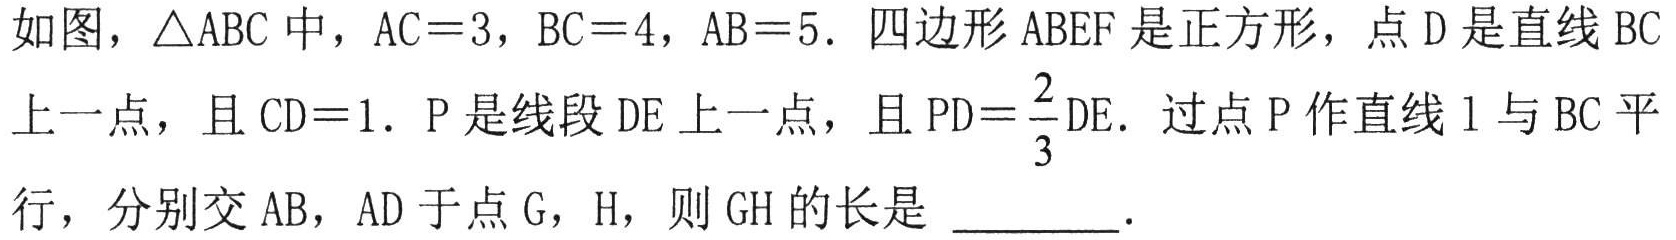
如图，$\triangle ABC$中，$AC = 3$，$BC = 4$，$AB = 5$．四边形$ABEF$是正方形，点$D$是直线$BC$上一点，且$CD = 1$．$P$是线段$DE$上一点，且$PD=\dfrac{2}{3}DE$．过点$P$作直线$l$与$BC$平行，分别交$AB$，$AD$于点$G$，$H$，则$GH$的长是  ．